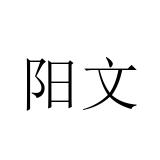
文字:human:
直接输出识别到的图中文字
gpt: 阳文